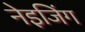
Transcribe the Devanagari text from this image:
नेइजिंग